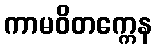
ကာမဝိတက္ကေန